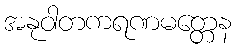
အနုဝါတကရဏမတ္တေန